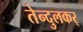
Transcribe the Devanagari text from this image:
तेन्दुलकर्